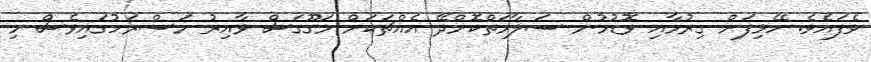
ވެފައެވެ. ހޭޅިފަށް ގިރުމާއި ވޮޑުމުން ސަލާމަތްކޮށްދޭ އެއްޗަކަށް މަގޫގަސް ވާއިރު މަސްރަހުގައިވެސް މި